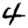
Digit: 4